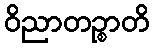
ဝိညာတဉ္စာတိ